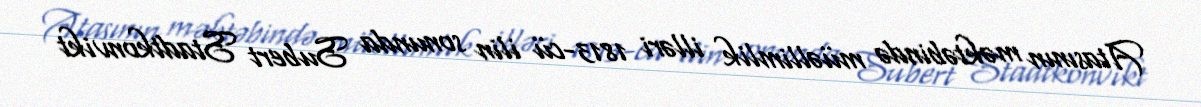
Atasının məktəbində müəllimlik illəri 1813-cü ilin sonunda Subert Stadtkonvikt